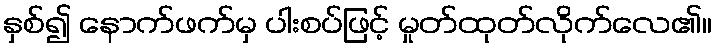
နှစ်၍ နောက်ဖက်မှ ပါးစပ်ဖြင့် မှုတ်ထုတ်လိုက်လေ၏။